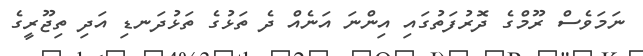
ނަމަވެސް ރޫމްގެ ދޮރުފަތުގައި އިންނަ އަނެއް ދެ ތަޅުގެ ތަޅުދަނޑި އަދި ތިޖޫރީގެ